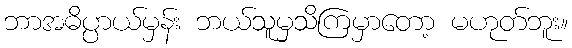
ဘာအဓိပ္ပာယ်မှန်း ဘယ်သူမှသိကြမှာတော့ မဟုတ်ဘူး။